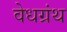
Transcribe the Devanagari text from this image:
वेधग्रंथ